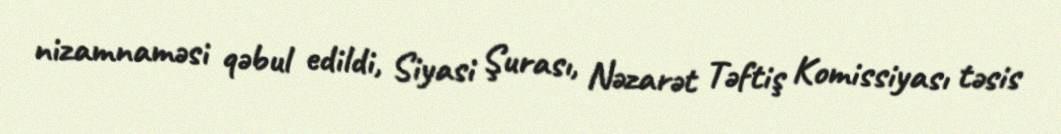
nizamnaməsi qəbul edildi, Siyasi Şurası, Nəzarət Təftiş Komissiyası təsis